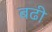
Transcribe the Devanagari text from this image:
बढी़